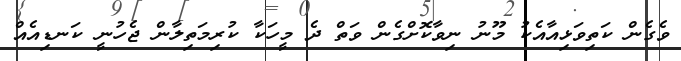
ވެގެން ކަތިވަޅިއާއެކު މޫނު ނިވާކޮށްގެން ވަތް ދެ މީހަކާ ކުރިމަތިލާން ޖެހުނީ ކަނޑިއެއް